Report of the Indian Hemp Drugs Commission, 1894-1895 - Volume V
Year: 1894
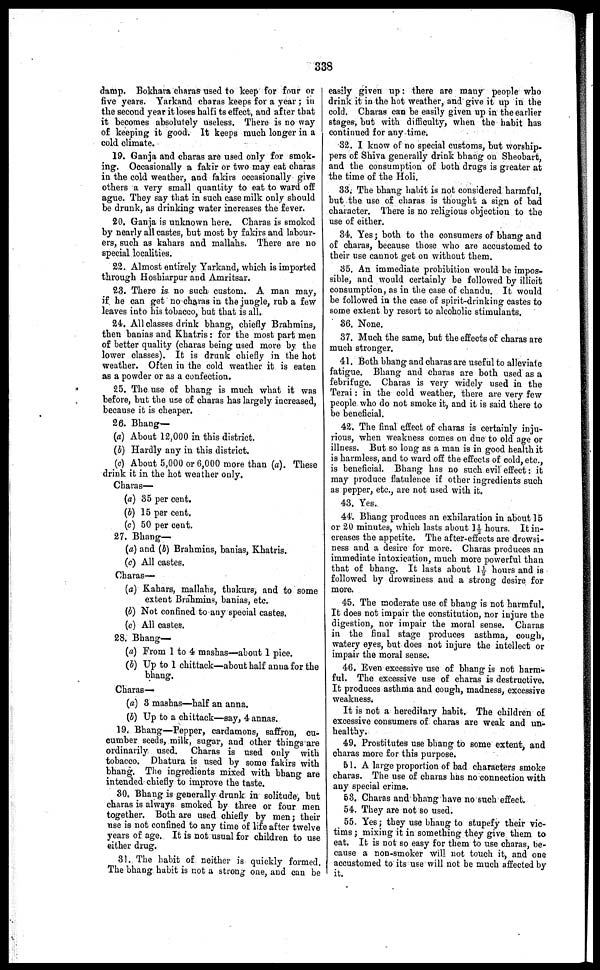
338
damp. Bokhara charas used to keep for four or
five years. Yarkand charas keeps for a year ; in
the second year it loses halfi ts effect, and after that
it becomes absolutely useless. There is no way
of keeping it good. It keeps much longer in a
cold climate.
19. Ganja and charas are used only for smok-
ing. Occasionally a fakir or two may eat charas
in the cold weather, and fakirs occasionally give
others a very small quantity to eat to ward off
ague. They say that in 6uch case milk only should
be drunk, as drinking water increases the fever.
20. Ganja is unknown here. Charas is 6moked
by nearly all castes, but most by fakirs and labour-
ers, such as kahars and mallahs. There are no
special localities.
22. Almost entirely Yarkand, which is imported
through Hoshiarpur and Amritsar.
23. There is no such custom. A man may,
if he can get no charas in the jungle, rub a few
leaves into his tobacco, bub that is all.
24. All classes drink bhang, chiefly Brahmins,
then banias and Khatris : for the most part men
of better quality (charas being used more by the
lower classes). It is drunk chiefly in the hot
weather. Often in the cold weather it is eaten
as a powder or as a confection.
25. The use of bhang is much what it was
before, but the use of charas has largely increased,
because it is cheaper.
26. Bhang—
(a) About 12,000 in this district.
(b) Hardly any in this district.
(c) About 5,000 or 6,000 more than (a). These
drink it in the hot weather only.
Charas—
(a) 35 per cent.
(b) 15 per cent.
(c) 50 per cent.
27. Bhang—
(a) and (b) Brahmins, banias, Khatris.
(c) All castes.
Charas—
(a) Kahars, mallahs, thakurs, and to some
extent Brahmins, banias, etc.
(b) Not confined to any special castes.
(c) All castes.
28. Bhang—
(a) From 1 to 4 mashas—about 1 pice.
(b) Up to 1 chittack—about half anna for the
bhang.
Charas—
(a) 8 mashas—half an anna.
(5) Up to a chittack—say, 4 annas.
19. Bhang—Pepper, cardamons, saffron, cu-
cumber seeds, milk, sugar, and other things are
ordinarily used. Charas is used only with
tobacco. Dhatura is used by some fakirs with
bhang. The ingredients mixed with bhang are
intended chiefly to improve the taste.
30. Bhang is generally drunk in solitude, but
charas is always smoked by three or four men
together. Both are used chiefly by men ; their
use is not confined to any time of life after twelve
years of age. It is not usual for children to use
either drug.
31. The habit of neither is quickly formed.
The bhang habit is not a strong one, and can be
easily given up : there are many people who
drink it in the hot weather, and give it up in the
cold. Charas can be easily given up in the earlier
stages, but with difficulty, when the habit has
continued for any time.
32. I know of no special customs, but worship-
pers of Shiva generally drink bhang on Sheobart,
and the consumption of both drugs is greater at
the time of the Holi.
83. The bhang habit is not considered harmful,
but the use of charas is thought a sign of bad
character. There is no religious objection to the
use of either.
34. Yes ; both to the consumers of bhang and
of charas, because those who are accustomed to
their use cannot get on without them.
35. An immediate prohibition would be impos-
sible, and would certainly be followed by illicit
consumption, as in the case of chandu. It would
be followed in the case of spirit-drinking castes to
some extent by resort to alcoholic stimulants.
36. None.
37. Much the same, but the effects of charas are
much stronger.
41. Both bhang and charas are useful to alleviate
fatigue. Bhang and charas are both used as a
febrifuge. Charas is very widely used in the
Terai : in the cold weather, there are very few
people who do not smoke it, and it is said there to
be beneficial.
42. The final effect of charas is certainly inju-
rious, when weakness comes on due to old age or
illness. But so long as a man is in good health it
is harmless, and to ward off the effects of cold, etc.,
is beneficial. Bhang has no such evil effect : it
may produce flatulence if other ingredients such
as pepper, etc., are not used with it.
43. Yes.
44. Bhang produces an exhilaration in about 15
or 20 minutes, which lasts about 1½ hours. It in-
creases the appetite. The after-effects are drowsi-
ness and a desire for more. Charas produces an
immediate intoxication, much more powerful than
that of bhang. It lasts about 1½ hours and is
followed by drowsiness and a strong desire for
more.
45. The moderate use of bhang is not harmful.
It does not impair the constitution, nor injure the
digestion, nor impair the moral 6ense. Charas
in the final stage produces asthma, cough,
watery eyes, but does not injure the intellect or
impair the moral sense.
46. Even excessive use of bhang is not harm-
ful. The excessive use of charas is destructive.
It produces asthma and cough, madness, excessive
weakness.
It is not a hereditary habit. The children of
excessive consumers of charas are weak and un-
healthy.
49. Prostitutes use bhang to some extent, and
charas more for this purpose.
51. A large proportion of bad characters smoke
charas. The use of charas has no connection with
any special crime.
53. Charas and bhang have no such effect.
54. They are not so used.
55. Yes ; they use bhang to stupefy their vic-
tims ; mixing it in something they give them to
eat. It is not so easy for them to use charas, be-
cause a non-smoker will not touch it, and one
accustomed to its use will not be much affected by
it.